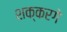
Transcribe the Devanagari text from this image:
शक्करगे